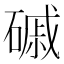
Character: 磩